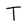
Character: T